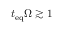
t _ { \mathrm { e q } } \Omega \gtrsim 1